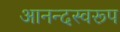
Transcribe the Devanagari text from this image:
आनन्दस्वरूप